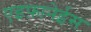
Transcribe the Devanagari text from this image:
एइफ़ानेईस